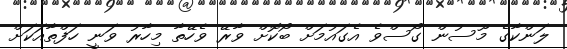
ލަންކާގެ މޫސުން ގޯސްވެ އެގައުމަށް ބޯކޮށް ވާރޭ ވެހޭތާ މިހާރު ވަނީ ހަފްތާއަކަށް